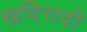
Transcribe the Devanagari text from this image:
खदिरादी